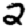
Digit: 2